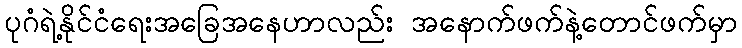
ပုဂံရဲ့နိုင်ငံရေးအခြေအနေဟာလည်း အနောက်ဖက်နဲ့တောင်ဖက်မှာ